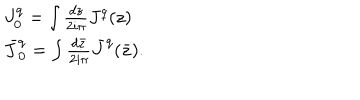
LaTeX: \begin{array} { l c r } { { J _ { 0 } ^ { q } = \int { \frac { d z } { 2 i \pi } } J ^ { q } ( z ) } } \\ { { \bar { J } _ { 0 } ^ { q } = \int { \frac { d { \bar { z } } } { 2 i \pi } } { \bar { J } } ^ { q } ( \bar { z } ) . } } \\ \end{array}